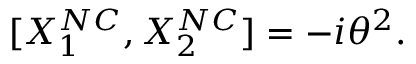
[ { X } _ { 1 } ^ { N C } , { X } _ { 2 } ^ { N C } ] = - i { \theta } ^ { 2 } .